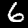
Label: 6